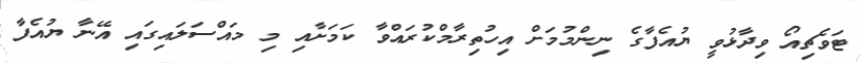
ޓަވެޗިއޯ ވިދާޅުވީ ޔުއެފާގެ ނިންމުމަށް އިހުތިރާމްކުރައްވާ ކަމަށާއި މި މައްސަލައިގައި އޭނާ ޔުއެފާ